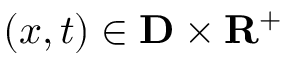
( x , t ) \in \mathbf { D } \times \mathbf { R } ^ { + }